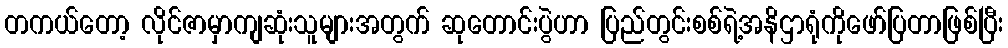
တကယ်တော့ လိုင်ဇာမှာကျဆုံးသူများအတွက် ဆုတောင်းပွဲဟာ ပြည်တွင်းစစ်ရဲ့အနိဌာရုံကိုဖော်ပြတာဖြစ်ပြီး